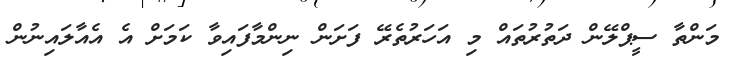
މަންތާ ސީޕްލޭން ދަތުރުތައް މި އަހަރުތެރޭ ފަށަން ނިންމާފައިވާ ކަމަށް އެ އެއާލައިނުން